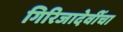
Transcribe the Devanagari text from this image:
गिरिजादेवींचा